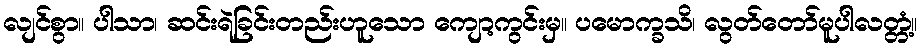
လျင်စွာ။ ပါသာ၊ ဆင်းရဲခြင်းတည်းဟူသော ကျော့ကွင်းမှ။ ပမောက္ခသိ၊ လွတ်တော်မူပါလတ္တံ့။